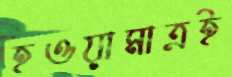
হওয়ামাত্রই